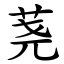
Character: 荛